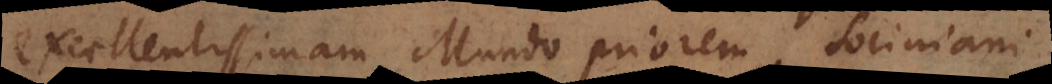
excellentissimam Mundo priorem, Sociniani